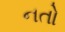
નતો